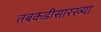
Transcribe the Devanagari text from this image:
तबकडीसारख्या